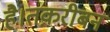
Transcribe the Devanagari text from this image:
है।तक़रीबन